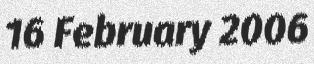
16 February 2006